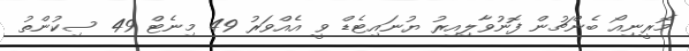
މޮރީނިއޯ ބެންޗުން ފޮނުވާލިއިރު ޔުނައިޓެޑް ވީ އެއްވަރު 49 މިނެޓް 49 ސިކުންތު